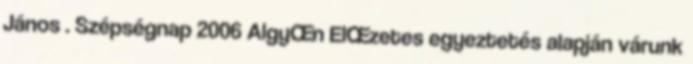
János . Szépségnap 2006 AlgyŒn ElŒzetes egyeztetés alapján várunk